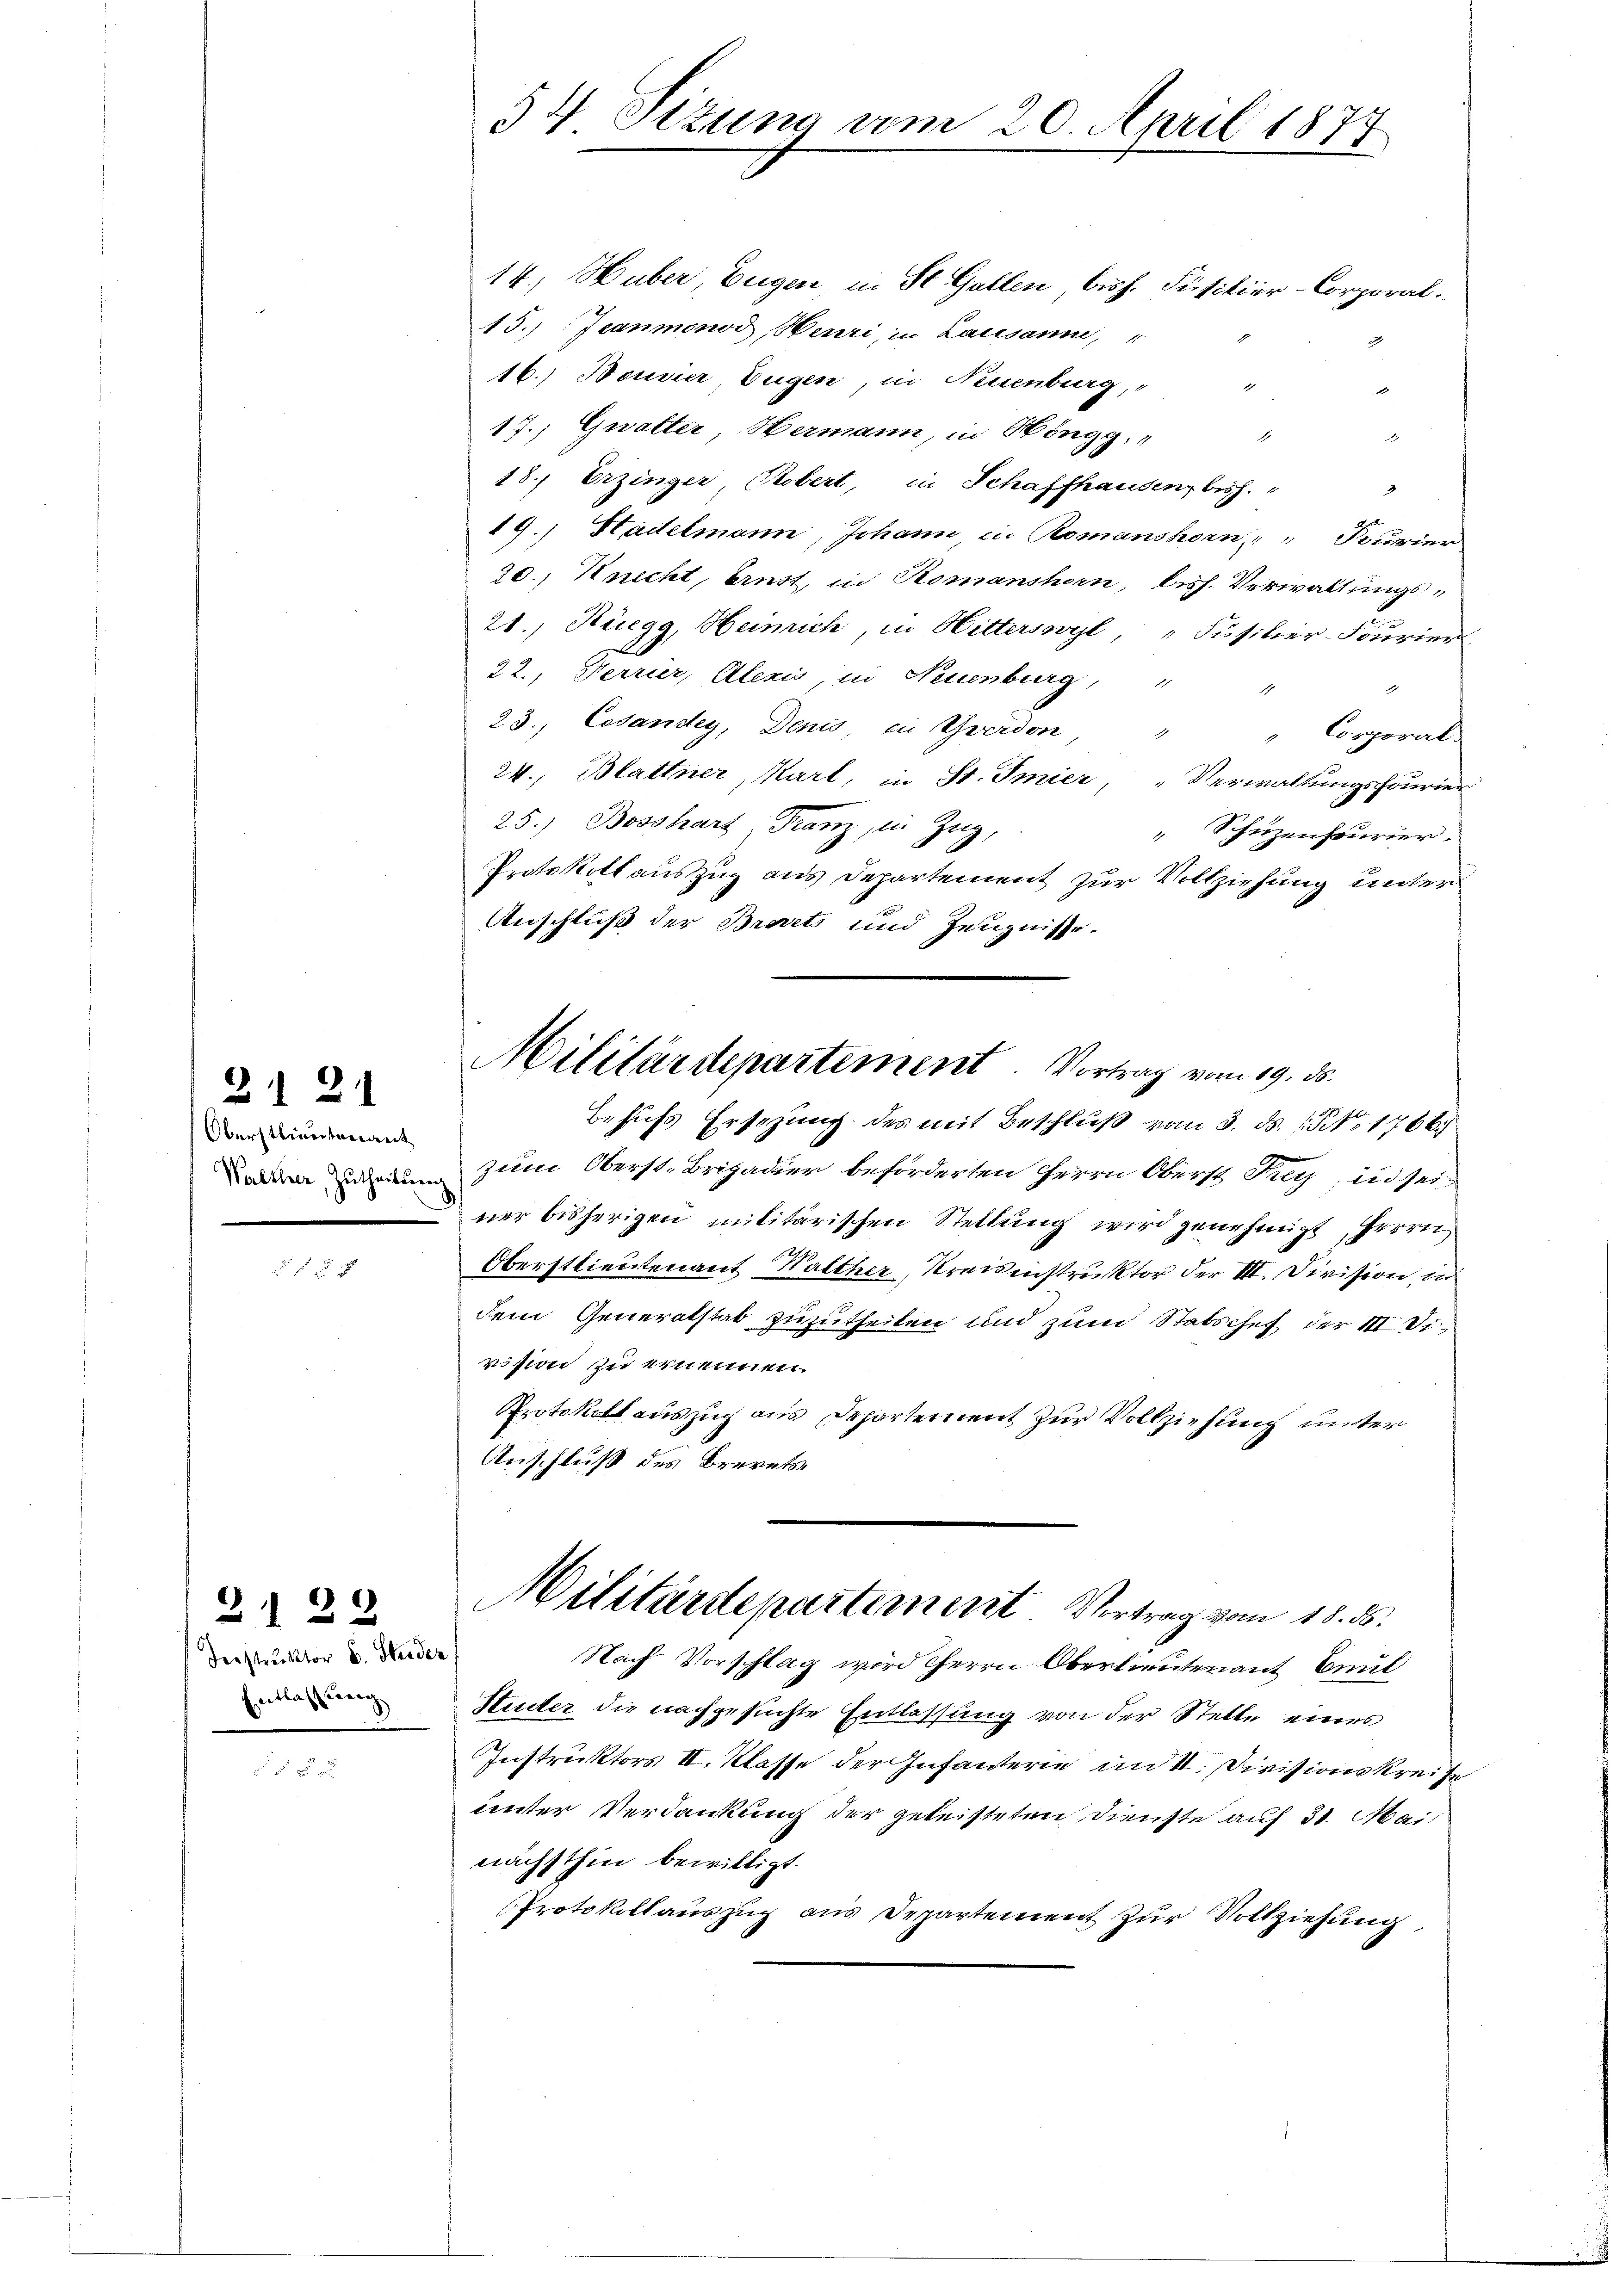
Oberstlieutverant

21 21

f 5 x

2122

Fenstruktor C. Stunder
Entlassung,

14.) Huber, Eugen in St. Gallen, bish. Füsilier-Corporal.
15.) Jeanmonod, Neuri, in Lausanne,
16.) Bousier, Eugen, in Neuenburg, "

17.) Gwalter, Hermann, in Höngg, " "
u
18., Erzinger, Robert, in Schaffhausen, bish."
19.) Hadelmann, Johann, in Romanshorn, " " Fourier
20.) Knecht, Ernst, in Komanshorn, bish. Verwaltungs¬
21.) Rüegg, Heinrich, in Witterswyl, Füsilier-Fourier
22., Verrier, Alexis, in Neuenburg, " "
23. Cesandey, Denis, ein Yverdon "
 Corporal
24., Blattner, Kart, in St. Imier, „Verwaltungsfourier
25.) Bosshart Franz, in Zug,
" Schutzenfeurier.
Protokoll auszug aus Departement zur Vollziehung unter
Anschluß der Brevets und Zeugnisse.
Behufs Ersezung des mit Beschluß vom 3. ds. No 1766
 zum Oberst-Brigadier beförderten Herrn Oberst Sey, in sei-
ner bisherigen militärischen Stellung wird genehmigt, Herrn
Oberstlieutenant Walther, Kreisinstruktor der III. Division, in
dem Generalstab zuzutheilen und zum Statschef der III Division zu ernennen.
Protokoll auszug aus Departement zur Vollziehung unter
Anschluß des Brevets
Militärdepartement. Vortrag vom 18. ds.
Nach Vorschlag wird Herrn Oberlieutenant Baul
Suter die nachgesuchte Entlassung von der Stelle eines
Instruktors II. Klasse der Infanterie im II. Divisionskreise
unter Verdankung der geleisteten Dienste auf 31. Mai
nächsthin bewilligt.
Protokoll auszug aus Departement zur Vollziehung

54. Situng vom 20. April 1879

Militärdepartement. Vortrag vom 19. ds.